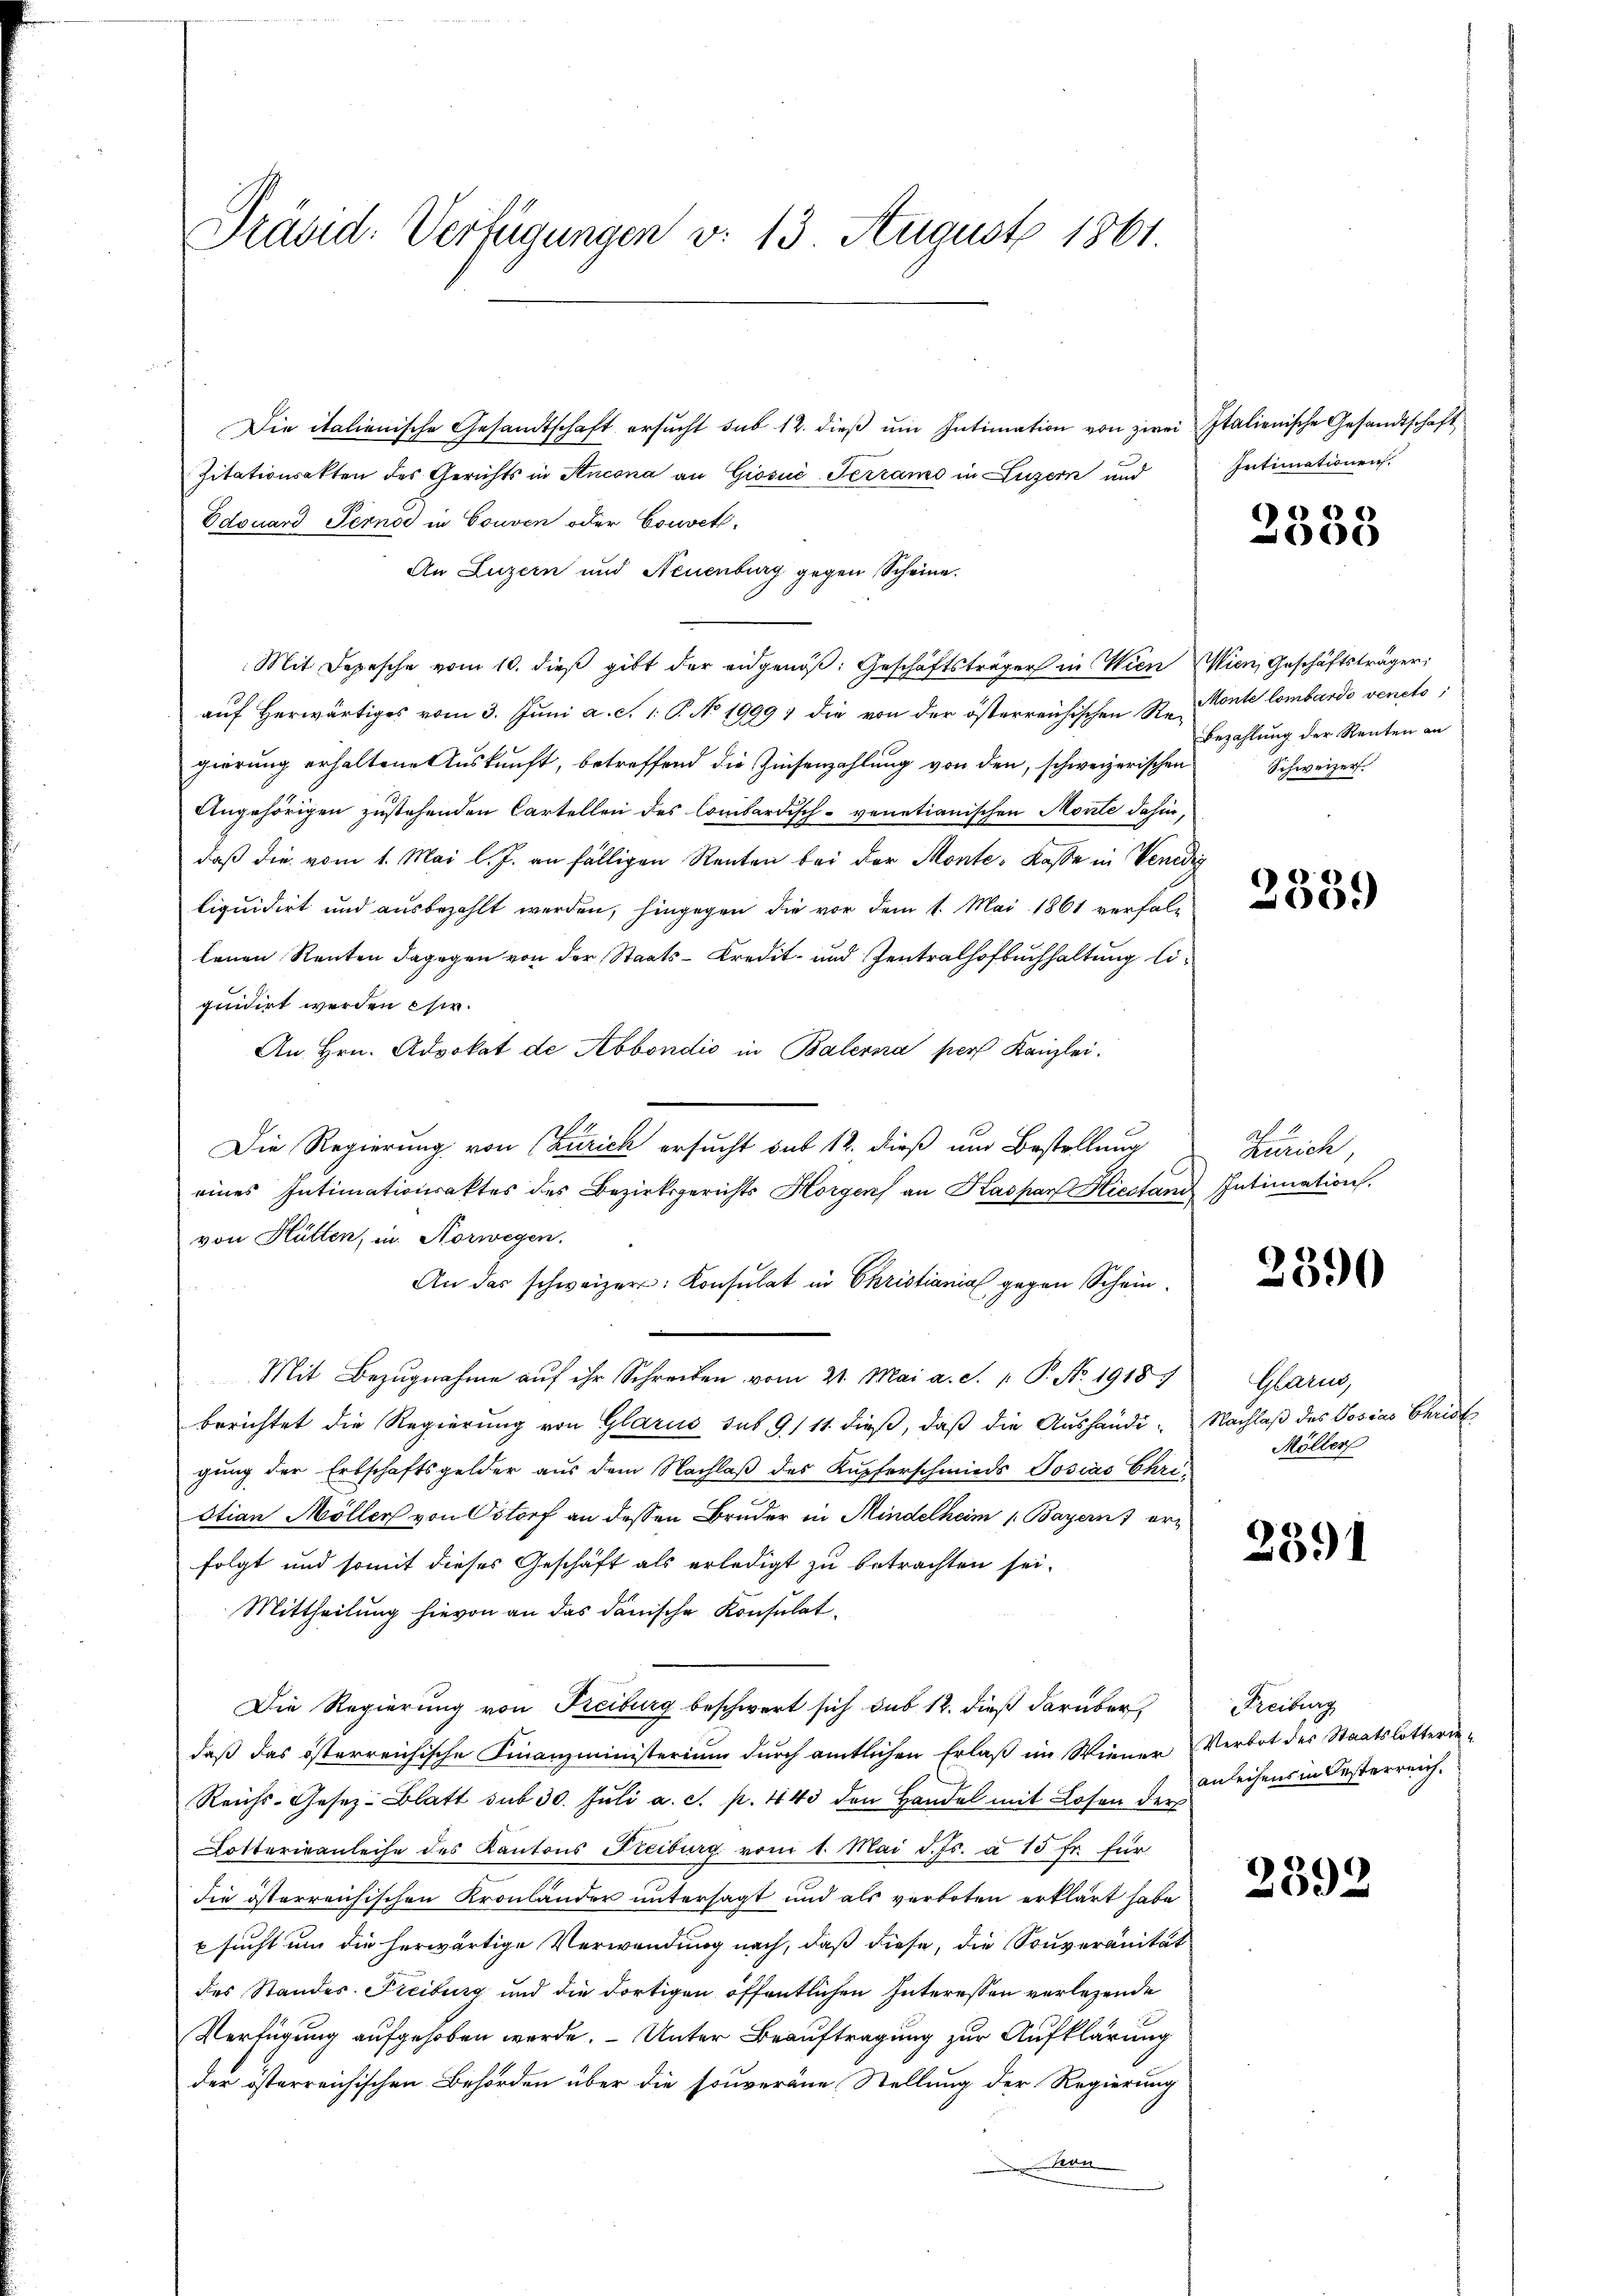
Bränd: Verfügungen v. 13 August 1861.

Die italienische Gesandtschaft ersŭcht sub 12. dieβ ŭm Intimation von zwei Italienische Gesandtschaft
Zitationsakten des Gerichts in Stucona an Giošić-Terramo in Luzern und
Edouard Pernod in Couven oder Couvet.
An Luzern und Neuenburg gegen Scheine.
Mit Depesche vom 10. dieβ gibt der eidgenöβ: Geschäftsträger in Wien Wien Geschäftsträgeri
auf herwärtiges vom 3. Juni a. c. 1. P. No 1999, die von der österreichischen St. Konte lombardo veneto;
gierung erhaltene Auskunft, betreffend die Zinsenzahlung von den, schweizerischen
Angehörigen zustehenden Cartellen des Combardisch-venetianischen Monte dahin,
daß die vom 1. Mai l. J. an fälligen Renten bei der Monte-Kasse in Venedig
liquidirt und ausbezahlt werden, hingegen die vor dem 1. Mai 1861 verfal-
tenen Renten dagegen von der Staats-Kredit- und Zentralhofbuchhaltung liquidirt werden chir.
An Hrn. Advokat de Abbondić in Balerna per Kanzlei,
Die Regierung von (Zürich ersucht sub 12. dieß um Bestellung
eines Intimationsaktes des Bezirksgerichts Horgens an Kaspar Hiestand Intimation.
von Hütten, in Norwegen.
An das schweizer: Consulat in Christiania gegen Schein¬
Mit Bezugnahme aŭf ihr Schreiben vom 21. Mai a. d. 1. P. No. 1918)
berichtet die Regierung von Glarus sub 9/11. dieß, daß die Aushändi-
gung der Erbschaftsgelder aus dem Nachlaß des Kupferschmieds Josias Christian Möller von Ostorf an dessen Bruder in Mindelheim 1. Bayern) er-
folgt und somit dieses Geschäft als erledigt zu betrachten sei.
Mittheilung hievon an das danische Konsulat
Die Regierung von Freiburg beschwert sich sub 12. dieß darüber
daß das österreichische Finanzministerium durch amtlichen Erlaß im Wiener Verbot des Staatslotterie-
Reichs-Gesez-Blatt sub 30. Jŭli a. c. p. 443 den Handel mit Losen der
Dotterisanleihe des Kantons Freiburg vom 1. Mai d. Js. a. 15 fr. für
die österreichischen Kronländer untersagt und als verboten erklärt habe
x sucht um die herwärtige Verwendung nach, daß diese, die Souveranität
des Standes. Freiburg und die dortigen öffentlichen Interessen verlesende
Verfügung aufgehoben werde. Unter Beauftragung zur Aufklärung
der österreichischen Behörden über die souveräne Stellung der Regierung
han

Intimationen.

2338

Bezahlung der Renten an
Schweizer.

338.

Af
Zürich

2890

Glarus,
Nachlaß des Josias Christ
Möller

2391

Freiburg
anleihens in Oesterreich.

2392